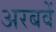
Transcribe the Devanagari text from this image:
अरबवें